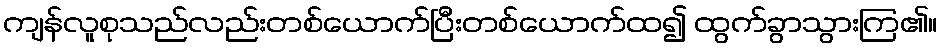
ကျန်လူစုသည်လည်းတစ်ယောက်ပြီးတစ်ယောက်ထ၍ ထွက်ခွာသွားကြ၏။